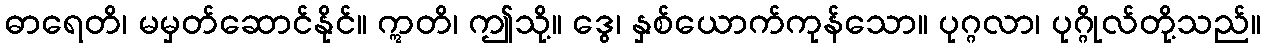
ဓာရေတိ၊ မမှတ်ဆောင်နိုင်။ ဣတိ၊ ဤသို့။ ဒွေ၊ နှစ်ယောက်ကုန်သော။ ပုဂ္ဂလာ၊ ပုဂ္ဂိုလ်တို့သည်။